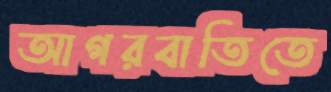
আগরবাতিতে